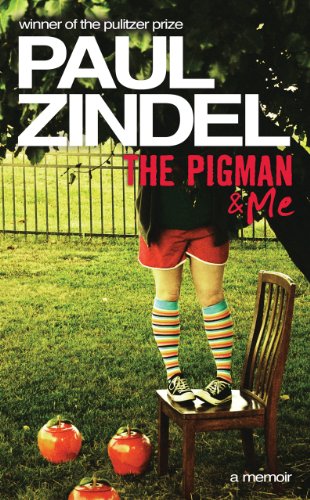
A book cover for The Pigman & Me: A Memoir; Paul Zindel; Teen & Young Adult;